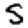
Digit: 5